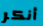
أنكر